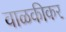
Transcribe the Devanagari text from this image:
वाळकीकर